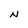
Character: N